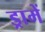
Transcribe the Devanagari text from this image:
ड्रामें